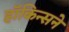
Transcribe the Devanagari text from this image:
हॉकिन्सने